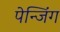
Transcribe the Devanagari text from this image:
पेन्जिंग